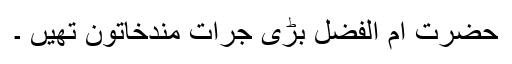
حضرت ام الفضل بڑی جرات مندخاتون تھیں ۔